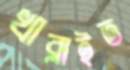
খাব্‌লাইত